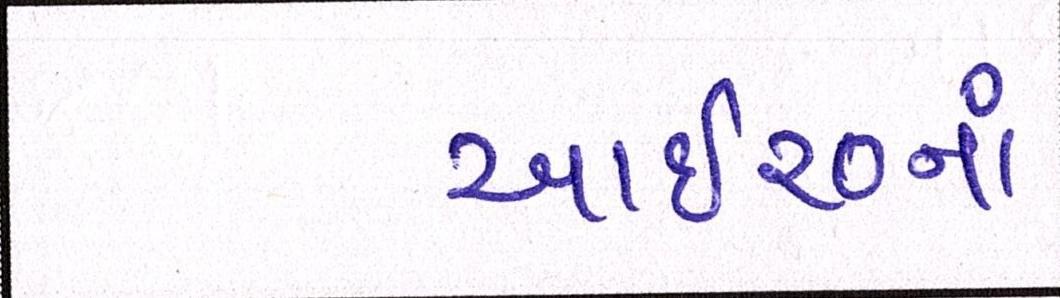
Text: આઇ૨૦નાં